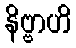
နိဗ္ဗာဟိ